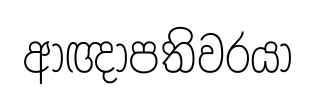
ආඥාපතිවරයා